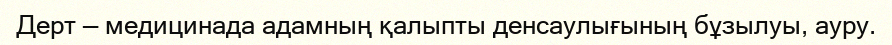
Дерт — медицинада адамның қалыпты денсаулығының бұзылуы, ауру.